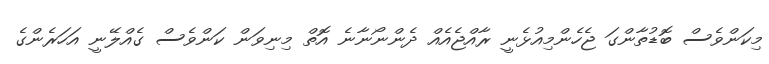
މިކަންވެސް ބޮޑުތާންގަ ޖެހެންމިއުޅެނީ ރާއްޖެއެއް ދެންނޯނާނެ އޮތް މިނިވަން ކަންވެސް ގެއްލޭނީ އަހަރެންގެ